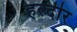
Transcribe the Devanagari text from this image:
हल्दीर